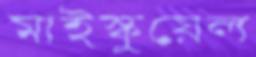
মাইস্কুয়েল